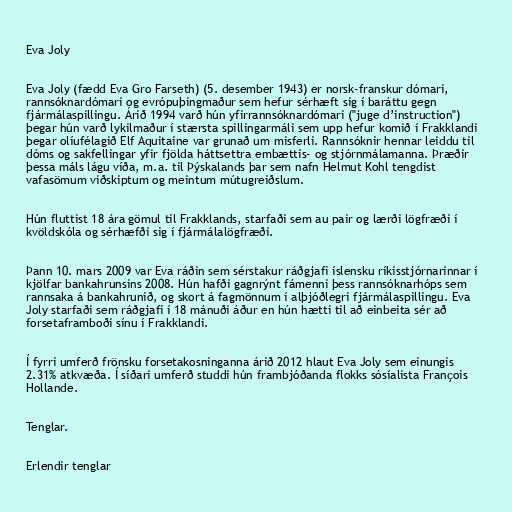
Eva Joly

Eva Joly (fædd Eva Gro Farseth) (5. desember 1943) er norsk-franskur dómari,
rannsóknardómari og evrópuþingmaður sem hefur sérhæft sig í baráttu gegn
fjármálaspillingu. Árið 1994 varð hún yfirrannsóknardómari ("juge d’instruction")
þegar hún varð lykilmaður í stærsta spillingarmáli sem upp hefur komið í Frakklandi
þegar olíufélagið Elf Aquitaine var grunað um misferli. Rannsóknir hennar leiddu til
dóms og sakfellingar yfir fjölda háttsettra embættis- og stjórnmálamanna. Þræðir
þessa máls lágu víða, m.a. til Þýskalands þar sem nafn Helmut Kohl tengdist
vafasömum viðskiptum og meintum mútugreiðslum.

Hún fluttist 18 ára gömul til Frakklands, starfaði sem au pair og lærði lögfræði í
kvöldskóla og sérhæfði sig í fjármálalögfræði.

Þann 10. mars 2009 var Eva ráðin sem sérstakur ráðgjafi íslensku ríkisstjórnarinnar í
kjölfar bankahrunsins 2008. Hún hafði gagnrýnt fámenni þess rannsóknarhóps sem
rannsaka á bankahrunið, og skort á fagmönnum í alþjóðlegri fjármálaspillingu. Eva
Joly starfaði sem ráðgjafi í 18 mánuði áður en hún hætti til að einbeita sér að
forsetaframboði sínu í Frakklandi.

Í fyrri umferð frönsku forsetakosninganna árið 2012 hlaut Eva Joly sem einungis
2.31% atkvæða. Í síðari umferð studdi hún frambjóðanda flokks sósíalista François
Hollande.

Tenglar.

Erlendir tenglar